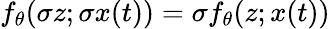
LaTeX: f_{\theta}(\sigma z;\sigma x(t))=\sigma f_{\theta}(z;x(t))